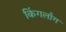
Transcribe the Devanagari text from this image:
किंगलाँग